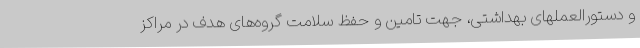
و دستورالعملهای بهداشتی، جهت تامین و حفظ سلامت گروه‌های هدف در مراکز